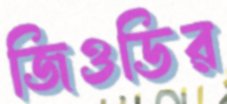
জিওডির